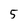
Character: 5